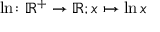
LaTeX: \ln \colon \mathbb { R } ^ { + } \to \mathbb { R } ; x \mapsto \ln x